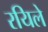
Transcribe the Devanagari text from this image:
रयिले